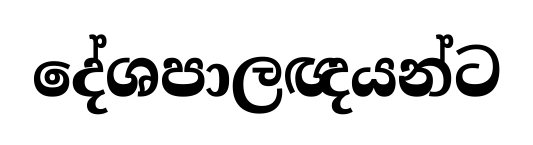
දේශපාලඥයන්ට